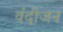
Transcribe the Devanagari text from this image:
वंदीजन